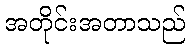
အတိုင်းအတာသည်